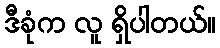
ဒီခုံက လူ ရှိပါတယ်။